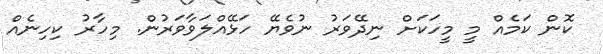
ކޮން ކަމެއް މީ މީހަކަށް ނިދޭވަރު ނުވެޔޭ ހަޅޭއްލަވާވަރުން. މިހާރު ކިހިނެއް